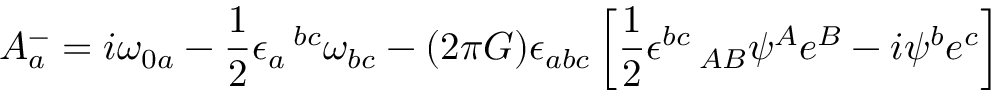
A _ { a } ^ { - } = i \omega _ { 0 a } - { \frac { 1 } { 2 } } \epsilon _ { a } \, ^ { b c } \omega _ { b c } - ( 2 \pi G ) \epsilon _ { a b c } \left[ { \frac { 1 } { 2 } } \epsilon ^ { b c } \, _ { A B } \psi ^ { A } e ^ { B } - i \psi ^ { b } e ^ { c } \right]